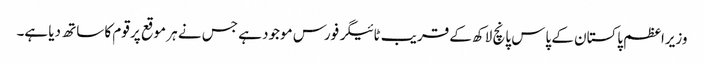
وزیراعظم پاکستان کے پاس پانچ لاکھ کے قریب ٹائیگر فورس موجود ہے جس نے ہر موقع پر قوم کا ساتھ دیا ہے۔